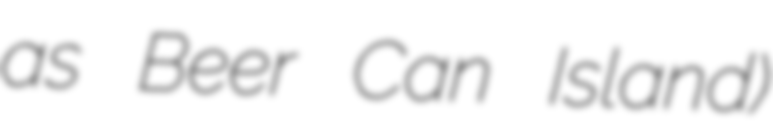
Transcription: as Beer Can Island)